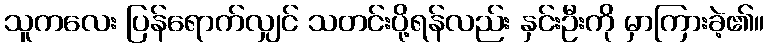
သူကလေး ပြန်ရောက်လျှင် သတင်းပို့ရန်လည်း နှင်းဦးကို မှာကြားခဲ့၏။